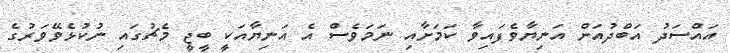
އައްސަދު އަބްދުއަށް އަނިޔާވެފައިވާ ކަމަށާއި ނަމަވެސް އެ އަނިޔާއަކީ ބީޖީ މެޗުގައި ނުކުޅެވޭވަރުގެ